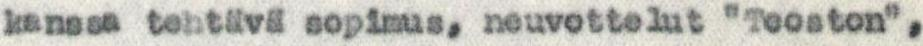
kanssa tehtävä sopimus, neuvottelut "Teoston",